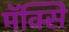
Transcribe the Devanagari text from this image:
मॅक्सि